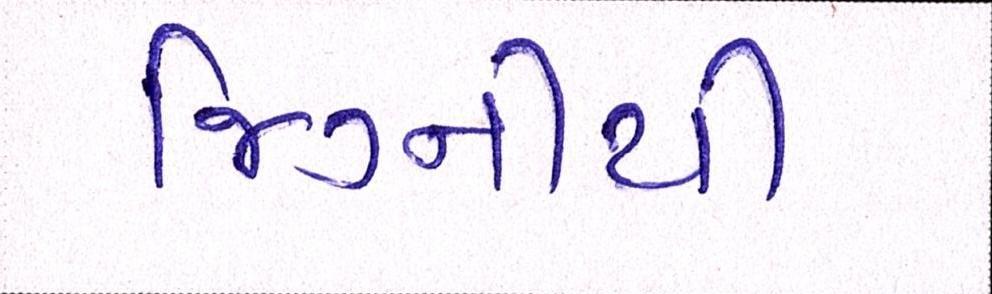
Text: જિગ્નીથી